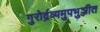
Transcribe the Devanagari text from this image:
गुरोर्द्रव्यमुपभुञ्जीत